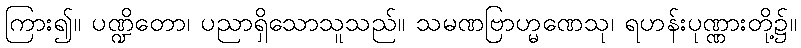
ကြား၍။ ပဏ္ဍိတော၊ ပညာရှိသောသူသည်။ သမဏဗြာဟ္မဏေသု၊ ရဟန်းပုဏ္ဏားတို့၌။